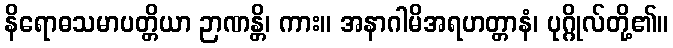
နိရောဓသမာပတ္တိယာ ဉာဏန္တိ၊ ကား။ အနာဂါမိအရဟတ္တာနံ၊ ပုဂ္ဂိုလ်တို့၏။